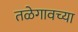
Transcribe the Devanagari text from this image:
तळेगावच्या